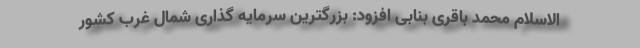
الاسلام محمد باقری بنابی افزود: بزرگترین سرمایه گذاری شمال غرب کشور